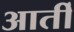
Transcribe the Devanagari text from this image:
आर्ती